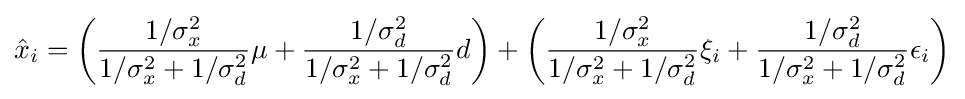
{\hat {x}}_{i}=\left({\frac {1/\sigma _{x}^{2}}{1/\sigma _{x}^{2}+1/\sigma _{d}^{2}}}\mu +{\frac {1/\sigma _{d}^{2}}{1/\sigma _{x}^{2}+1/\sigma _{d}^{2}}}d\right)+\left({\frac {1/\sigma _{x}^{2}}{1/\sigma _{x}^{2}+1/\sigma _{d}^{2}}}\xi _{i}+{\frac {1/\sigma _{d}^{2}}{1/\sigma _{x}^{2}+1/\sigma _{d}^{2}}}\epsilon _{i}\right)